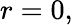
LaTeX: r=0,